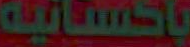
باكستانية